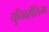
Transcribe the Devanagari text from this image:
युनिवर्सलिज्म